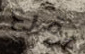
يقرع